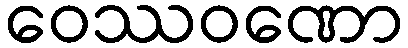
ဝေဿဝဏော